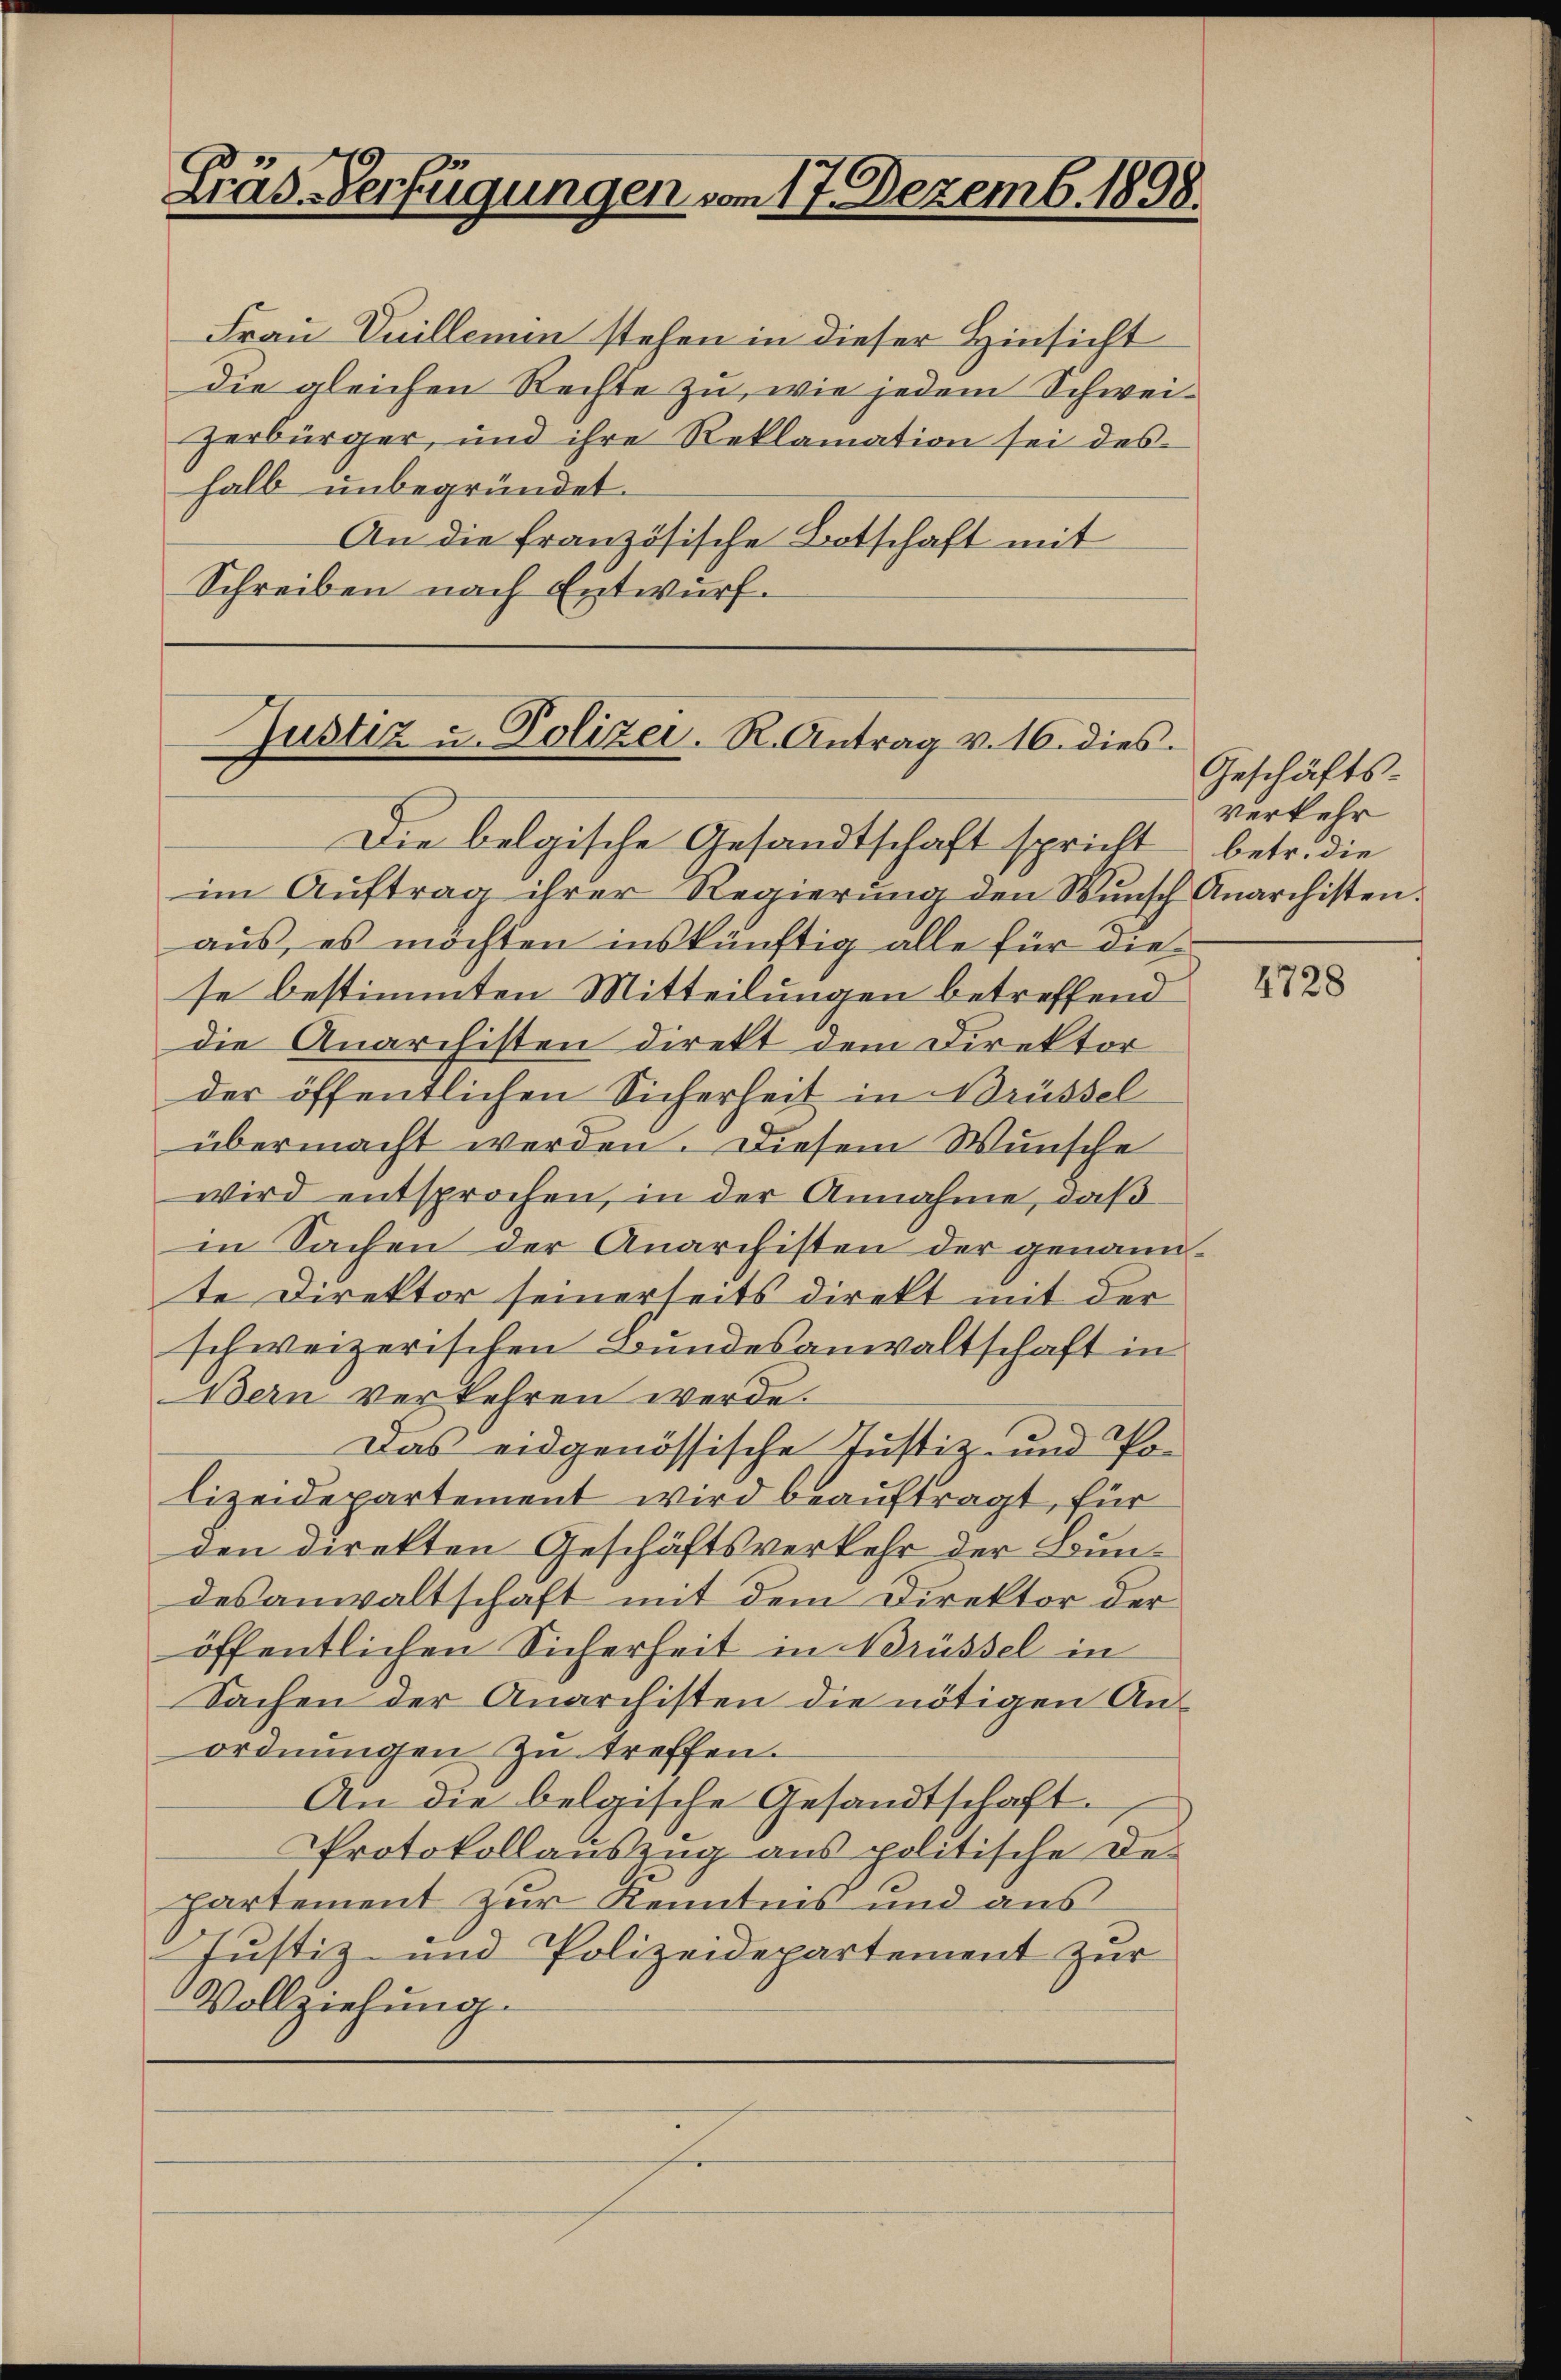
Gras Verfügungen vom 17. Dezemb. 1898.

Frau Vuillemin stehen in dieser Hinsicht
die gleichen Rechte zu, wie jedem Schweizerbürger, und ihre Reklamation sei des
halb unbegründet.
An die französische Botschaft mit
Schreiben nach Entwurf.

Justiz u. Polizei. R. Antrag v. 16. dies

Die belgische Gesandtschaft spricht
im Aŭftrag ihrer Regierŭng den Wŭnsch Anarchisten.
aus, es möchten inskünftig alle für diese bestimmten Mitteilungen betreffend
die Anarchisten direkt dem Direktor
der öffentlichen Sicherheit in Brüssel
übermacht werden. Diesem Wunsche
wird entsprochen, in der Annahme, daß
in Sachen der Anarchisten der genannte Direktor seinerseits direkt mit der
schweizerischen Bundesanwaltschaft in
Bern verkehren werde.
Das eidgenössische Justiz- und Polizeidepartement wird beauftragt, für
den direkten Geschäftsverkehr der Bundesanwaltschaft mit dem Direktor der
öffentlichen Sicherheit in Brüssel in
Sachen der Anarchisten die nötigen Anordnungen zu treffen.
An die belgische Gesandtschaft.
Protokollauszug aus politische Departement zur Kenntnis und aus
Justiz- und Polizeidepartement zur
Vollziehung.

Geschäfts-
Verkehr
betr. die

4728